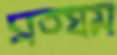
সত্যম